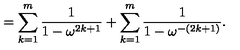
= \sum _ { k = 1 } ^ { m } \frac { 1 } { 1 - \omega ^ { 2 k + 1 } } + \sum _ { k = 1 } ^ { m } \frac { 1 } { 1 - \omega ^ { - ( 2 k + 1 ) } } .